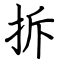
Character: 拆